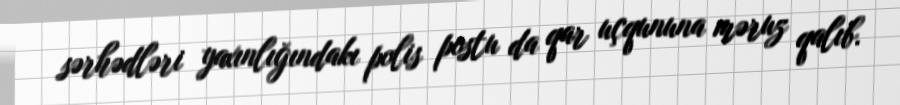
sərhədləri yaxınlığındakı polis postu da qar uçqununa məruz qalıb.